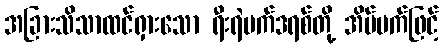
အခြားသိသာထင်ရှားသော ရီးရဲမက်ဒရစ်တို့ အိပ်မက်ဖြင့်